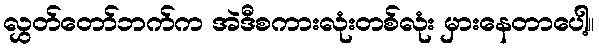
လွှတ်တော်ဘက်က အဲဒီစကားလုံးတစ်လုံး မှားနေတာပေါ့။